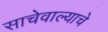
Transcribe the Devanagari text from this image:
साचेवाल्याचे